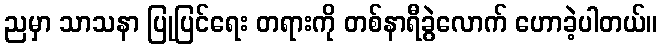
ညမှာ သာသနာ ပြုပြင်ရေး တရားကို တစ်နာရီခွဲလောက် ဟောခဲ့ပါတယ်။